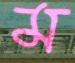
ম